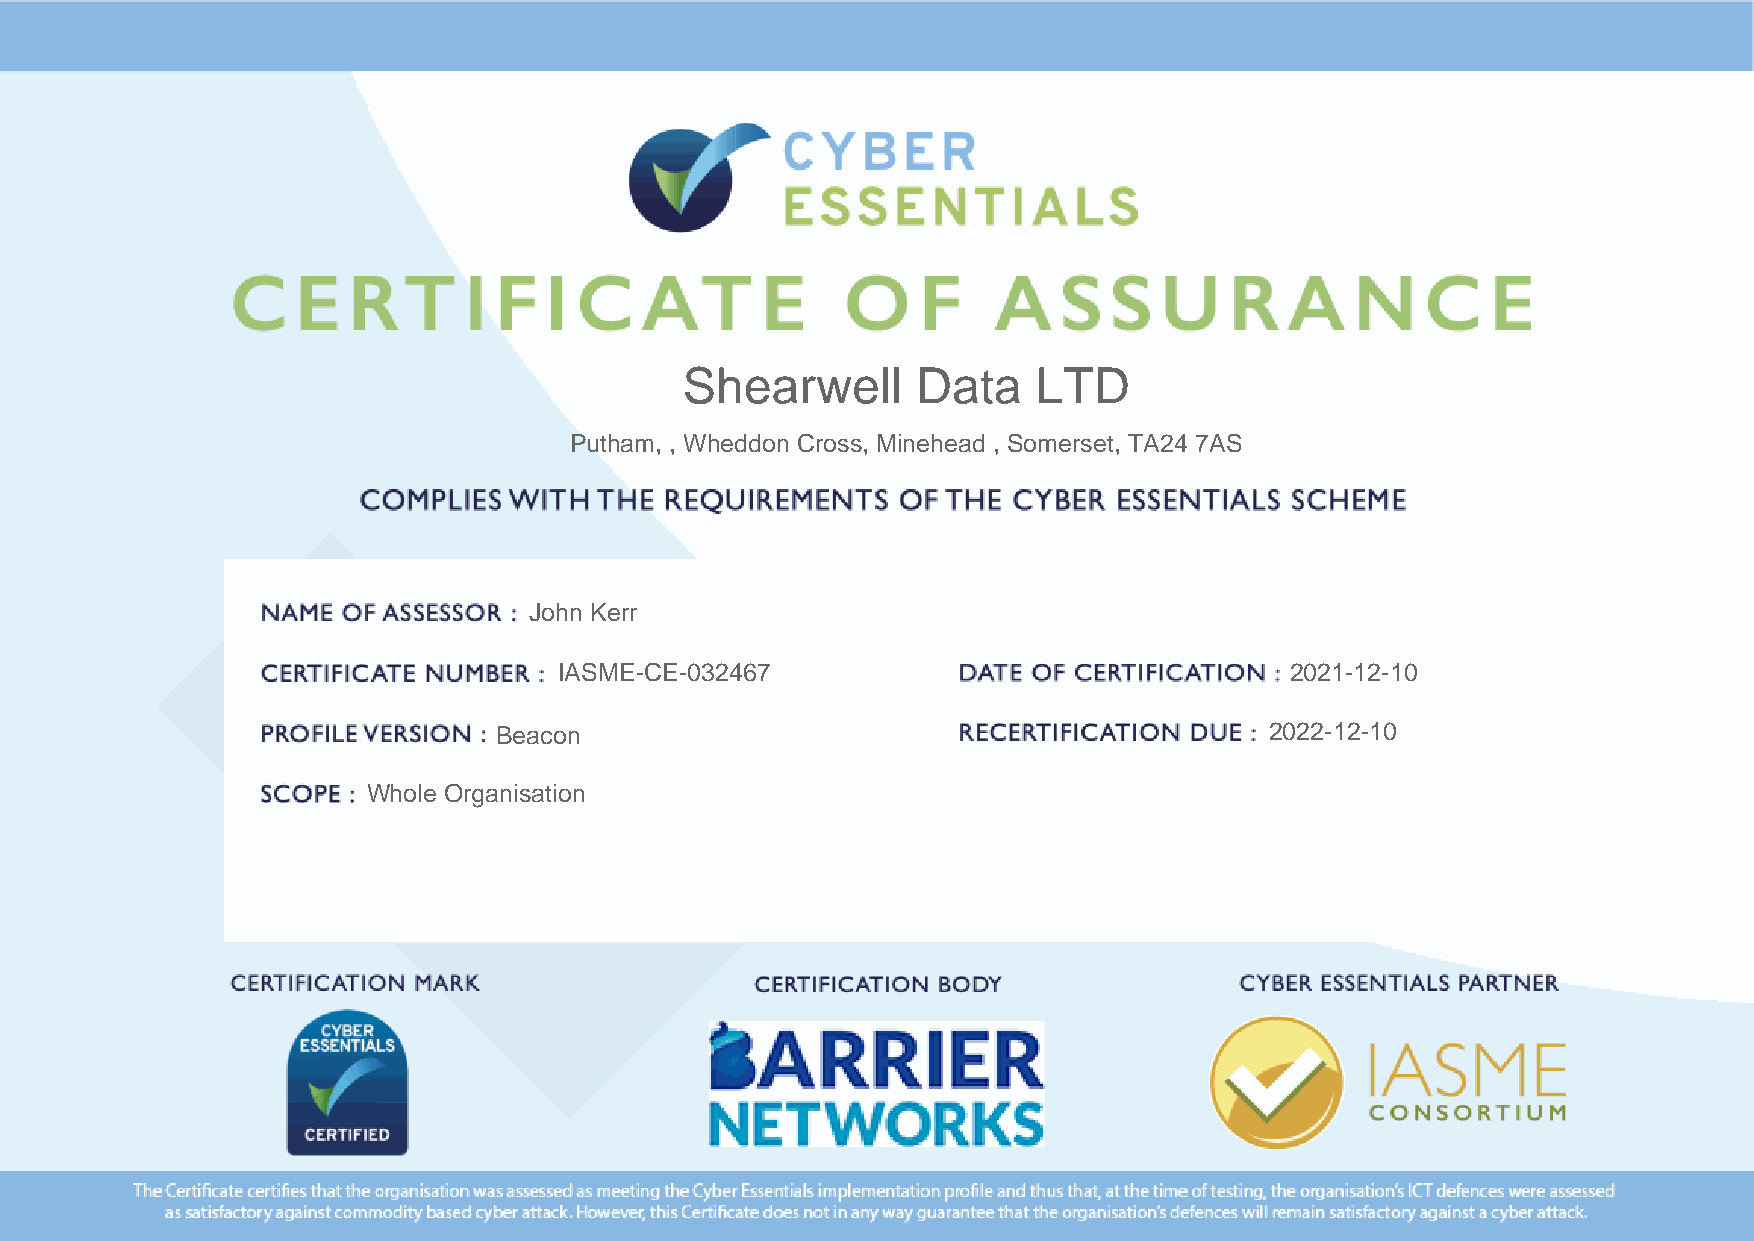
Shearwell       Data    LTD
 Putham, , Wheddon Cross, Minehead , Somerset, TA24 7AS
 John Kerr
 IASME-CE-032467                                 2021-12-10
 Beacon                                             2022-12-10
 Whole Organisation
 Powered by TCPDF (www.tcpdf.org)